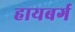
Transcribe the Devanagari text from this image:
हायबर्ग